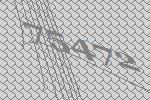
75472